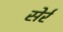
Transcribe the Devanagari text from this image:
सेर्र